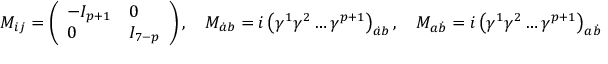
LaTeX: M _ { i j } = \left( \begin{array} { l l } { { - I _ { p + 1 } } } & { { 0 } } \\ { { 0 } } & { { I _ { 7 - p } } } \end{array} \right) , \ \ \ M _ { \dot { a } b } = i \left( \gamma ^ { 1 } \gamma ^ { 2 } \dots \gamma ^ { p + 1 } \right) _ { \dot { a } b } , \ \ \ M _ { a \dot { b } } = i \left( \gamma ^ { 1 } \gamma ^ { 2 } \dots \gamma ^ { p + 1 } \right) _ { a \dot { b } }